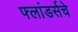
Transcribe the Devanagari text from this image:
फ्लांडर्सचे